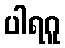
ပါရဂူ